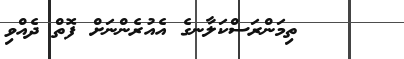
ތިމަންރަސްކަލާނގެ އެއުރެންނަށް ފޮތް ދެއްވި